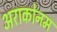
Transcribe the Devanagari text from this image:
अराकोनम